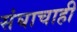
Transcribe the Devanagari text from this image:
संघाचाही